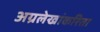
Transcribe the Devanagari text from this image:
अग्रलेखांकरिता